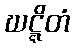
ဃဋ္ဋိတံ